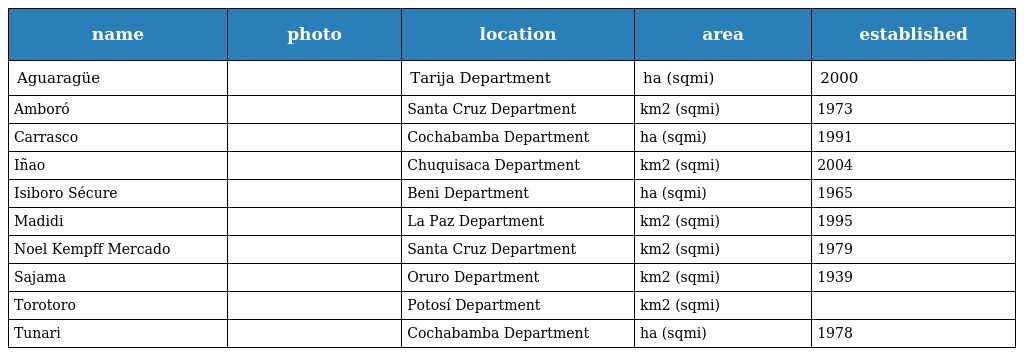
| name | photo | location | area | established |
 | --- | --- | --- | --- | --- |
 | Aguaragüe |  | Tarija Department | ha (sqmi) | 2000 |
 | Amboró |  | Santa Cruz Department | km2 (sqmi) | 1973 |
 | Carrasco |  | Cochabamba Department | ha (sqmi) | 1991 |
 | Iñao |  | Chuquisaca Department | km2 (sqmi) | 2004 |
 | Isiboro Sécure |  | Beni Department | ha (sqmi) | 1965 |
 | Madidi |  | La Paz Department | km2 (sqmi) | 1995 |
 | Noel Kempff Mercado |  | Santa Cruz Department | km2 (sqmi) | 1979 |
 | Sajama |  | Oruro Department | km2 (sqmi) | 1939 |
 | Torotoro |  | Potosí Department | km2 (sqmi) |  |
 | Tunari |  | Cochabamba Department | ha (sqmi) | 1978 |